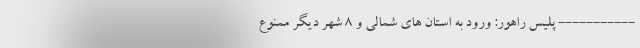
----------- پلیس راهور: ورود به استان های شمالی و ۸ شهر دیگر ممنوع